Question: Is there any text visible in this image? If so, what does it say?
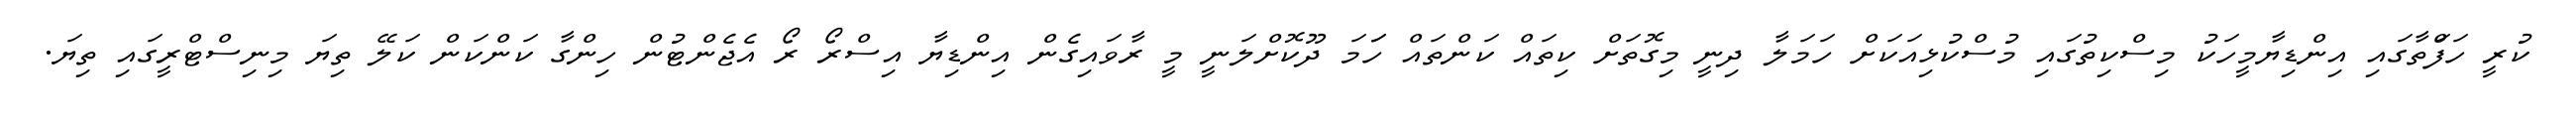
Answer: ކުރީ ހަފަްތާގައި އިންޑިޔާމީހަކު މިސްކިތުގައި މުސްކުޅިއަކަށް ހަމަލާ ދިނީ މިގޮތަށް ކިތައް ކަންތައް ހަަމަ ދޫކޮށްލަނީ މީ ރާވައިގެން އިންޑިޔާ އިސްރޯ ރޯ އެޖެންޓުން ހިންގާ ކަންކަން ކަލޭ ތިޔަ މިނިސްޓްރީގައި ތިޔަ.